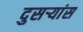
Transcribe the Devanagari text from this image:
दुसर्‍यांस